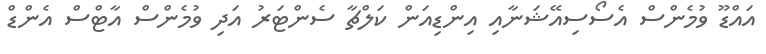
އައްޑޫ ވުމެންސް އެސޯސިއޭޝަނާއި އިންޑިއަން ކަލްޗާ ސެންޓަރު އަދި ވުމެންސް އާޓްސް އެންޑް